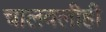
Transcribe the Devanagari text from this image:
चालवलीही